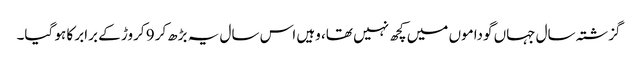
گزشتہ سال جہاں گوداموں میں کچھ نہیں تھا، وہیں اس سال یہ بڑھ‌کر 9 کروڑ کے برابر کا ہو گیا۔